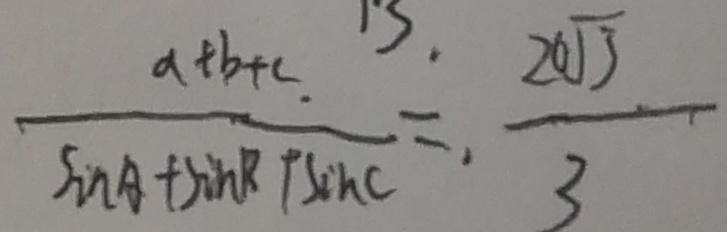
\frac { a + b + c } { \sin A + \sin B + \sin C } = \cdot \frac { 2 0 \sqrt { 3 } } { 3 }